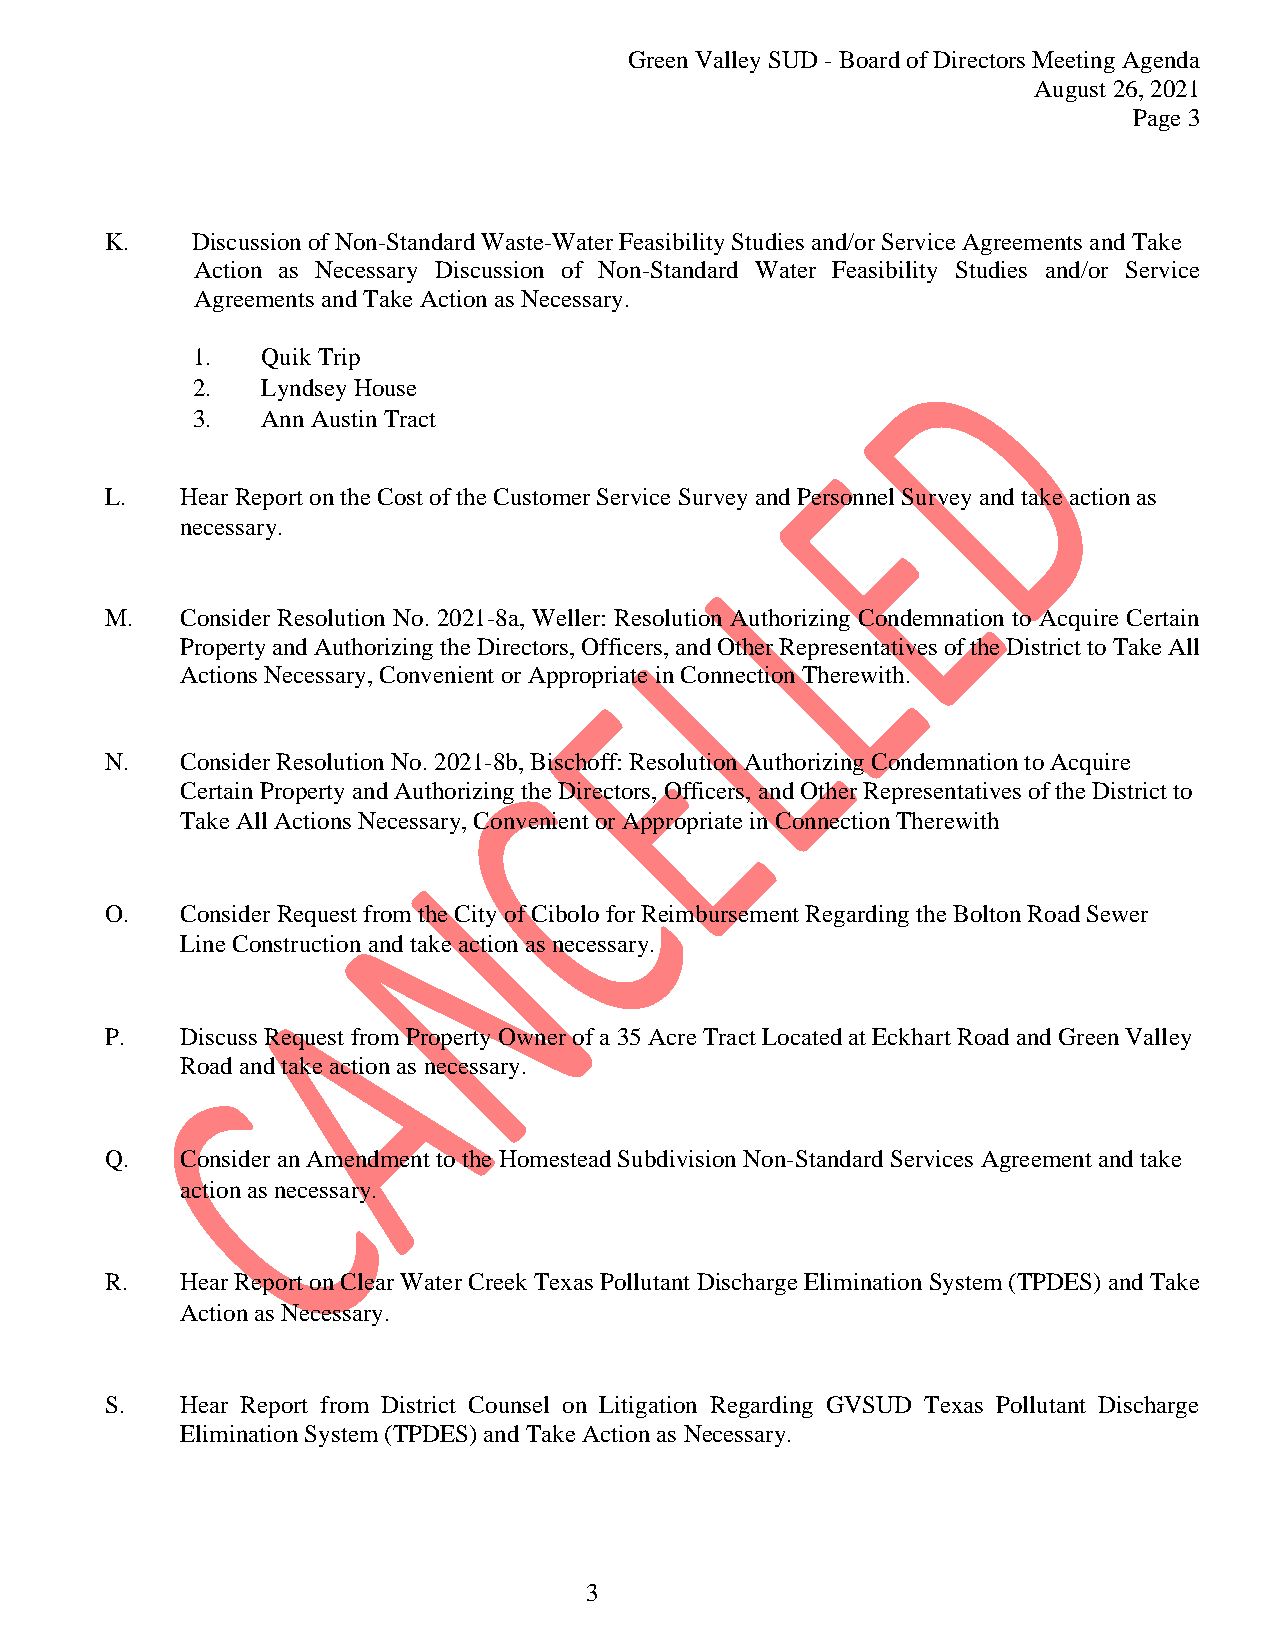
Green Valley SUD - Board of Directors Meeting Agenda
 August 26, 2021
 Page 3
 K.    Discussion of Non-Standard Waste-Water Feasibility Studies and/or Service Agreements and Take
 Action as Necessary Discussion of Non-Standard Water Feasibility Studies and/or Service
 Agreements and Take Action as Necessary.
 1.  Quik Trip
 2.  Lyndsey House
 3.  Ann Austin Tract
 L.   Hear Report on the Cost of the Customer Service Survey and Personnel Survey and take action as
 necessary.
 M.   Consider Resolution No. 2021-8a, Weller: Resolution Authorizing Condemnation to Acquire Certain
 Property and Authorizing the Directors, Officers, and Other Representatives of the District to Take All
 Actions Necessary, Convenient or Appropriate in Connection Therewith.
 N.   Consider Resolution No. 2021-8b, Bischoff: Resolution Authorizing Condemnation to Acquire
 Certain Property and Authorizing the Directors, Officers, and Other Representatives of the District to
 Take All Actions Necessary, Convenient or Appropriate in Connection Therewith
 O.   Consider Request from the City of Cibolo for Reimbursement Regarding the Bolton Road Sewer
 Line Construction and take action as necessary.
 P.   Discuss Request from Property Owner of a 35 Acre Tract Located at Eckhart Road and Green Valley
 Road and take action as necessary.
 Q.   Consider an Amendment to the Homestead Subdivision Non-Standard Services Agreement and take
 action as necessary.
 R.   Hear Report on Clear Water Creek Texas Pollutant Discharge Elimination System (TPDES) and Take
 Action as Necessary.
 S.   Hear Report from District Counsel on Litigation Regarding GVSUD Texas Pollutant Discharge
 Elimination System (TPDES) and Take Action as Necessary.
 3